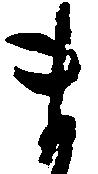
ま